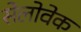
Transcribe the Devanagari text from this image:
सेलोवेक